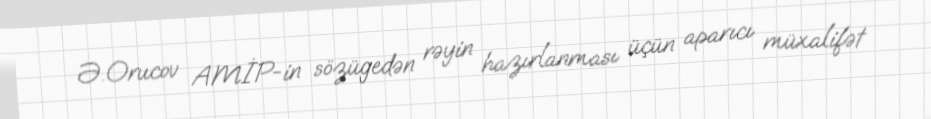
Ə.Orucov AMİP-in sözügedən rəyin hazırlanması üçün aparıcı müxalifət